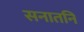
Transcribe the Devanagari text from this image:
सनातनि